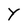
Character: Y